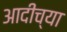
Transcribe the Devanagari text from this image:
आदीच्या